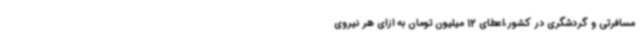
مسافرتی و گردشگری در کشور،اعطای 12 میلیون‌ تومان به ازای هر نیروی